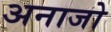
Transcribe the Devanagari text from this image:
अनाजो